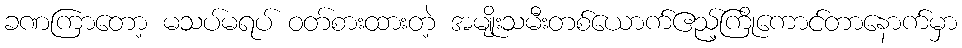
ခဏကြာတော့ မသပ်မရပ် ဝတ်စားထားတဲ့ အမျိုးသမီးတစ်ယောက်ဧည့်ကြိုကောင်တာနောက်မှာ